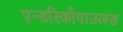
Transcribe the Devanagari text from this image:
एन्डरिकोपाउलस